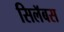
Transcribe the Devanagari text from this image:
सिलॅबस